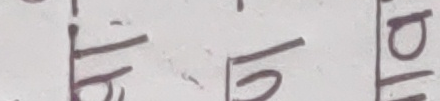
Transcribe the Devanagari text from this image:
भने